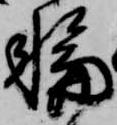
輪